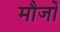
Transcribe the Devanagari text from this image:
मौजों